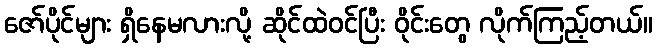
ဇော်ပိုင်များ ရှိနေမလားလို့ ဆိုင်ထဲဝင်ပြီး ဝိုင်းတွေ လိုက်ကြည့်တယ်။